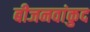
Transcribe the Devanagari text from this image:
बीजनवांकुद